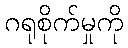
ဂရုစိုက်မှုကို